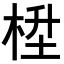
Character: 𪲙